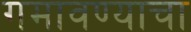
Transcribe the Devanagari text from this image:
गमावण्याचा